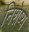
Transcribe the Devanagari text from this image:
निशेष्य